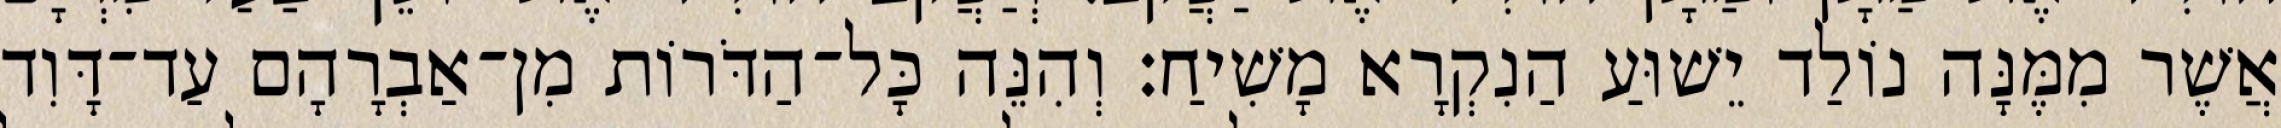
אֲשֶׁר מִמֶּנָּה נוֹלַד יֵשׁוּעַ הַנִקְרָא מָשִׁיחַ׃ וְהִנֵּה כָּל־הַדֹּרוֹת מִן־אַבְרָהָם עַד־דָּוִד